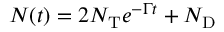
N ( t ) = 2 N _ { \mathrm { T } } e ^ { - \Gamma t } + N _ { \mathrm { D } }